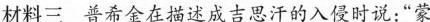
材料三普希金在描述成吉思汗的入侵时说：“蒙